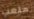
متعب